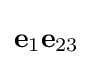
\mathbf {e} _{1}\mathbf {e} _{23}